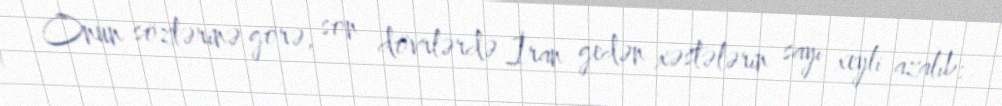
Onun sözlərinə görə, son dövrlərdə İran gedən xəstələrin sayı xeyli azalıb: